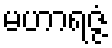
မဟာရဇ္ဇံ